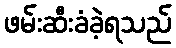
ဖမ်းဆီးခံခဲ့ရသည်